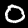
Digit: 0